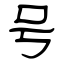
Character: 号